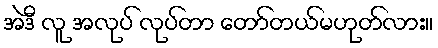
အဲဒီ လူ အလုပ် လုပ်တာ တော်တယ်မဟုတ်လား။